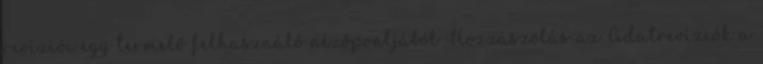
revíziói egy termelő felhasználó nézőpontjából Hozzászólás az Adatrevíziók a